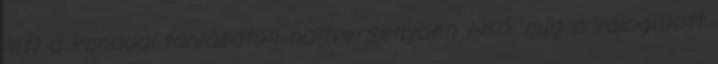
lett a kanadai táblázaton holtversenyben első, míg a válogatott